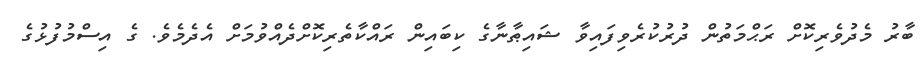
ބާރު މެދުވެރިކޮށް ރަޙްމަތުން ދުރުކުރެވިފައިވާ ޝައިޠާނާގެ ކިބައިން ރައްކާތެރިކޮށްދެއްވުމަށް އެދެމެވެ. ގެ އިސްމުފުޅުގެ